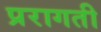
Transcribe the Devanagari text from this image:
प्ररागती